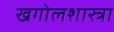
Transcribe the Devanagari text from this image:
खगोलशास्त्रा